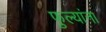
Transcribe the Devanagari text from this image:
फुल्यांना